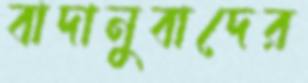
বাদানুবাদের